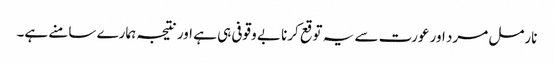
نارمل مرد اور عورت سے یہ توقع کرنا بے وقوفی ہی ہے اور نتیجہ ہمارے سامنے ہے۔